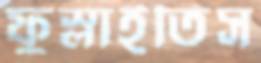
ফুস্‌লাইতিস